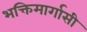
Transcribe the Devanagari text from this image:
भक्तिमार्गासी